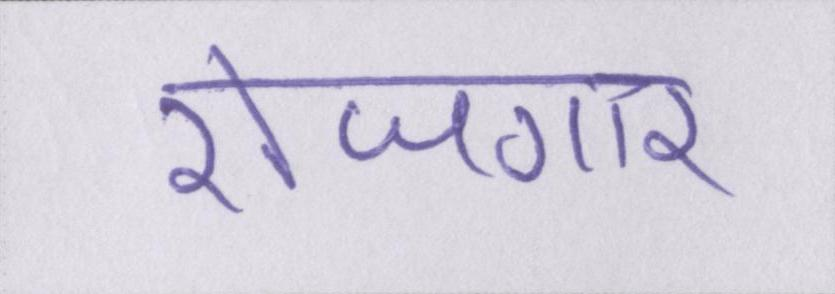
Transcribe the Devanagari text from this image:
रोजगार